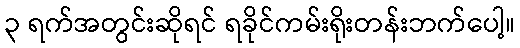
၃ ရက်အတွင်းဆိုရင် ရခိုင်ကမ်းရိုးတန်းဘက်ပေါ့။